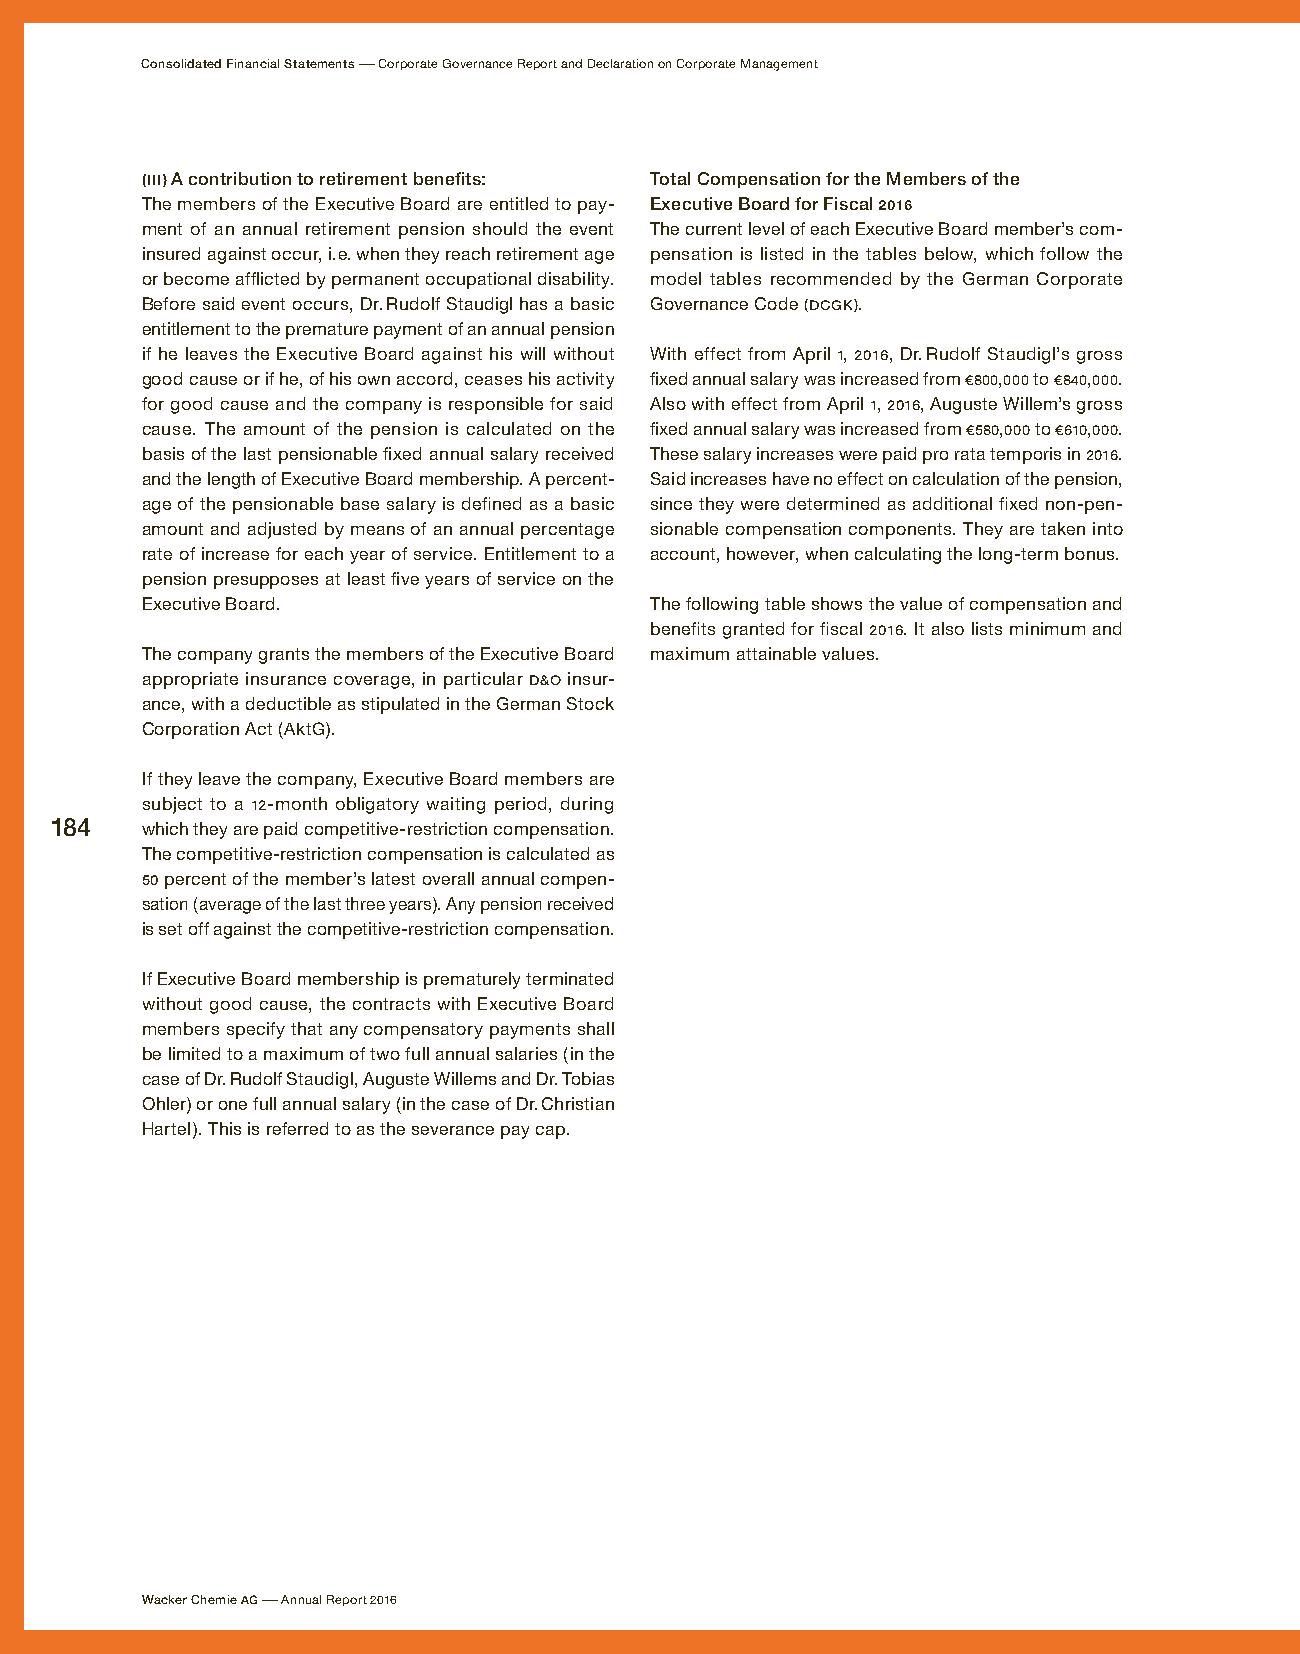
Consolidated Financial Statements – Corporate Governance Report and Declaration on Corporate Management
 (III) A contribution to retirement benefits: Total Compensation for the Members of the
 The members of the Executive Board are entitled to pay- Executive Board for Fiscal 2016
 ment of an annual retirement pension should the event The current level of each Executive Board member’s com-
 insured against occur, i. e. when they reach retirement age pensation is listed in the tables below, which follow the
 or become afflicted by permanent occupational disability. model tables recommended by the German Corporate
 Before said event occurs, Dr. Rudolf Staudigl has a basic Governance Code (DCGK).
 entitlement to the premature payment of an annual pension
 if he leaves the Executive Board against his will without With effect from April 1, 2016, Dr. Rudolf Staudigl’s gross
 good cause or if he, of his own accord, ceases his activity fixed annual salary was increased from € 800,000 to € 840,000.
 for good cause and the company is responsible for said Also with effect from April 1, 2016, Auguste Willem’s gross
 cause. The amount of the pension is calculated on the fixed annual salary was increased from € 580,000 to € 610,000.
 basis of the last pensionable fixed annual salary received These salary increases were paid pro rata temporis in 2016.
 and the length of Executive Board membership. A percent- Said increases have no effect on calculation of the pension,
 age of the pensionable base salary is defined as a basic since they were determined as additional fixed non-pen-
 amount and adjusted by means of an annual percentage sionable compensation components. They are taken into
 rate of increase for each year of service. Entitlement to a account, however, when calculating the long-term bonus.
 pension presupposes at least five years of service on the
 Executive Board.                  The following table shows the value of compensation and
 benefits granted for fiscal 2016. It also lists minimum and
 The company grants the members of the Executive Board maximum attainable values.
 appropriate insurance coverage, in particular D&O insur-
 ance, with a deductible as stipulated in the German Stock
 Corporation Act (AktG).
 If they leave the company, Executive Board members are
 subject to a 12-month obligatory waiting period, during
 184   which they are paid competitive-restriction compensation.
 The competitive-restriction compensation is calculated as
 50 percent of the member’s latest overall annual compen-
 sation (average of the last three years). Any pension received
 is set off against the competitive-restriction compensation.
 If Executive Board membership is prematurely terminated
 without good cause, the contracts with Executive Board
 members specify that any compensatory payments shall
 be limited to a maximum of two full annual salaries (in the
 case of Dr. Rudolf Staudigl, Auguste Willems and Dr. Tobias
 Ohler) or one full annual salary (in the case of Dr. Christian
 Hartel). This is referred to as the severance pay cap.
 Wacker Chemie AG – Annual Report 2016